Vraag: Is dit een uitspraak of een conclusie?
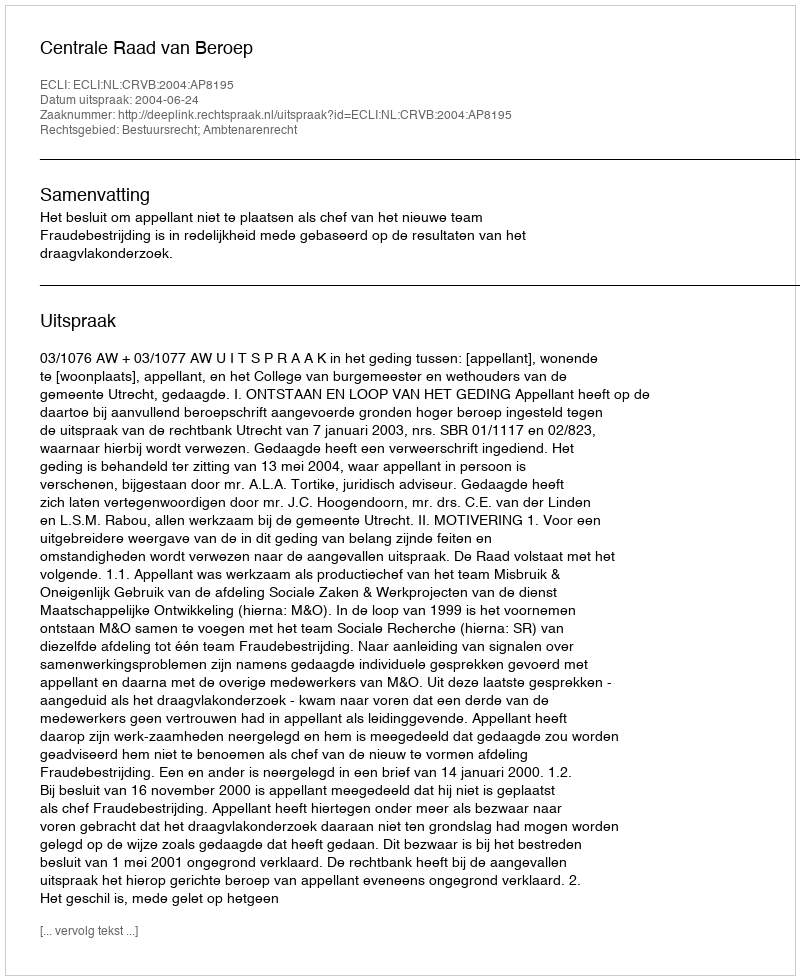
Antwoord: Uitspraak